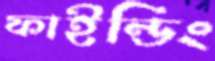
ফাইন্ডিং